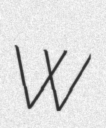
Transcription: W